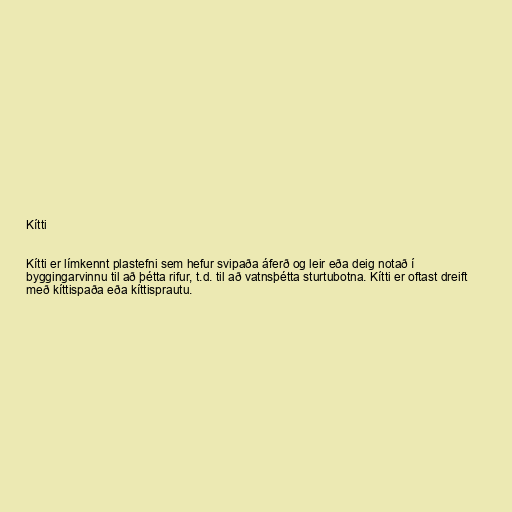
Kítti

Kítti er límkennt plastefni sem hefur svipaða áferð og leir eða deig notað í
byggingarvinnu til að þétta rifur, t.d. til að vatnsþétta sturtubotna. Kítti er oftast dreift
með kíttispaða eða kíttisprautu.